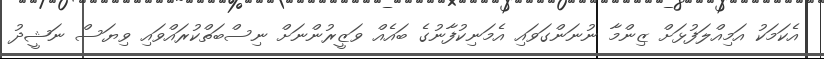
އެކަމަކު އަމިއްލަފުޅަށް ޒިންމާ ނުނަންގަވައި އެމަނިކުފާނުގެ ބައެއް ވަޒީރުންނަށް ނިސްބަތްކުރައްވައި ވިޔަސް ނަޝީދު